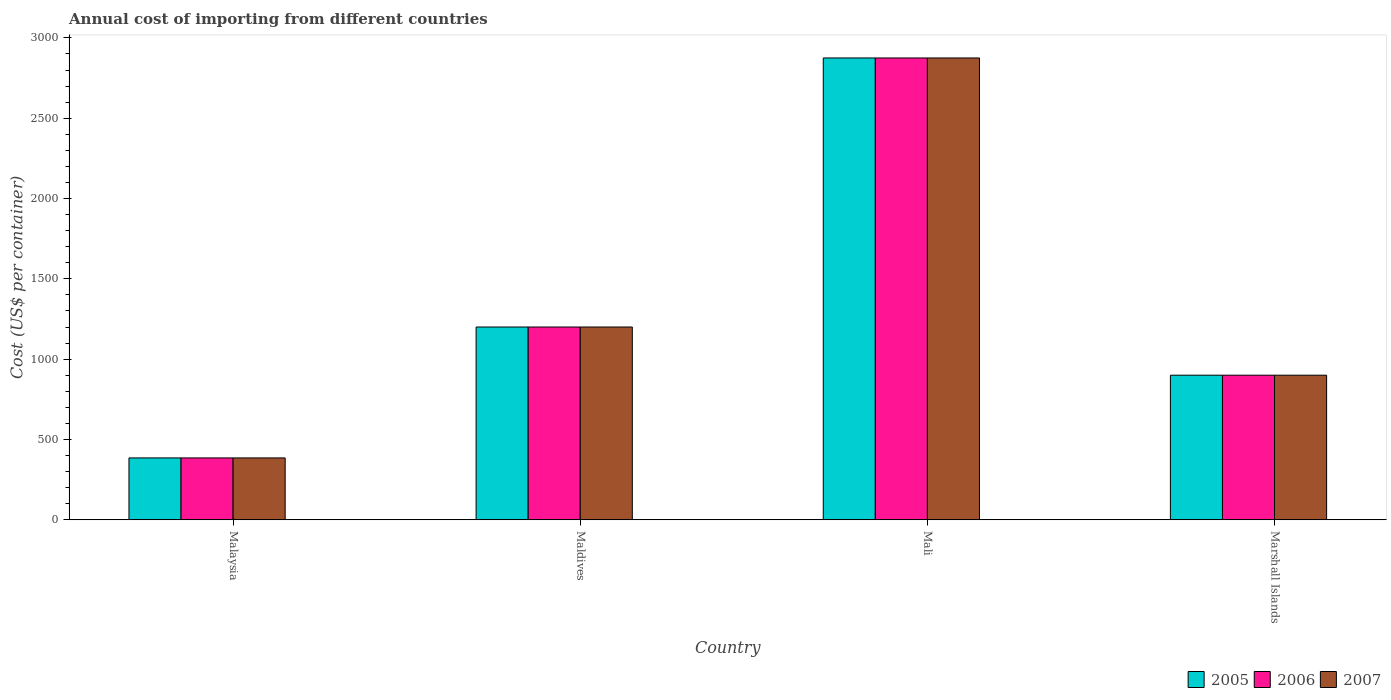
| Country | 2005 | 2006 | 2007 |
 | --- | --- | --- | --- |
 | Malaysia | 385 | 385 | 385 |
 | Maldives | 1.2e+03 | 1.2e+03 | 1.2e+03 |
 | Mali | 2.88e+03 | 2.88e+03 | 2.88e+03 |
 | Marshall Islands | 900 | 900 | 900 |